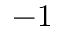
- 1